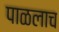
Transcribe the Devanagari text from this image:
पाळलाच